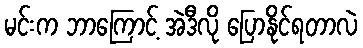
မင်းက ဘာကြောင့် အဲဒီလို ပြောနိုင်ရတာလဲ